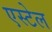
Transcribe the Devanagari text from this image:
एस्टेल